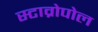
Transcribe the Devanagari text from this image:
स्टाव्रोपोल